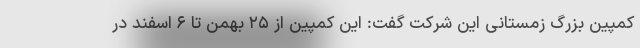
کمپین بزرگ زمستانی این شرکت گفت: این کمپین از ۲۵ بهمن تا ۶ اسفند در